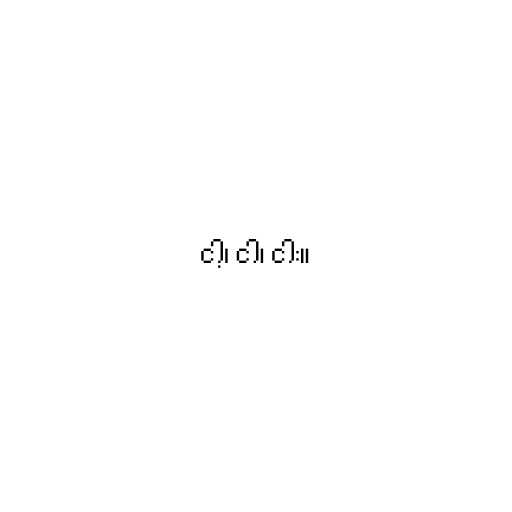
ငါ့၊ ငါ၊ ငါး။